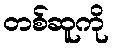
တစ်ဆူကို